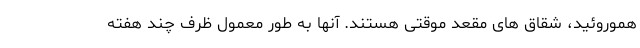
هموروئید، شقاق های مقعد موقتی هستند. آنها به طور معمول ظرف چند هفته